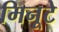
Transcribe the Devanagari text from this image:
मिनूटे